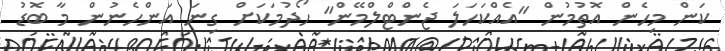
ކަން މިހެން އޮތުމުން "އެއްކަހަލަ ޖެންޓްލްމޭން" ހޯދުމަކަށް ގިނަ އަންހެނުން މާ ބޮޑު